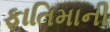
ફાતિમાની